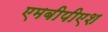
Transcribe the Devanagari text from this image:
एमबीपीएश